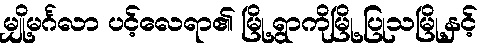
မျှို့မင်္ဂလာ ပင့်လေရာ၏ မြို့ရွာကိုမြို့ ပြုသမြို့နှင့်